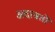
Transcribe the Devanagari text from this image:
अदावतों